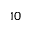
^ { 1 0 }